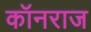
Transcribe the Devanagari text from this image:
कॉनराज